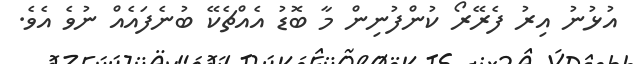
އުޅުނު އިރު ފެރޭރޯ ކުންފުނިން މާ ބޮޑު އެއްޗެކޭ ބުނެފައެއް ނުވެ އެވެ.